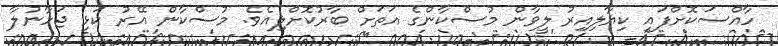
ހާއްސަކޮށްފައި ކިޔާލިއިރު ލީވާން މުސްކާންގެ އަތަށް ބާރުކޮށްލިއެވެ. މުސްކާން އޭރު ކަޅި ޖަހާނުލާ